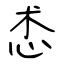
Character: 怸